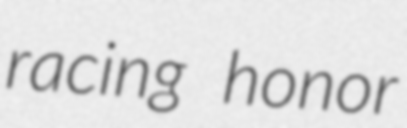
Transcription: racing honor